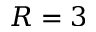
R = 3